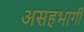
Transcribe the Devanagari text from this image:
असहभागी